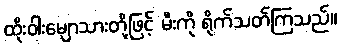
ထိုးဝါးမျောသားတို့ဖြင့် မီးကို ရိုက်သတ်ကြသည်။